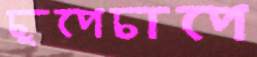
চুপেচাপে